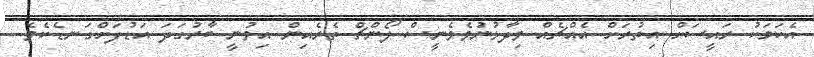
އެކަމަކު ރައީސަށް އިތުރަށް އެއްޗެއް ވިދާޅުނުވެވެނީސް ލޯންޗް ތެރެއިން އިވުނީ ބާރުގަދަ އަޑުފަށްގަނޑެކެވެ.